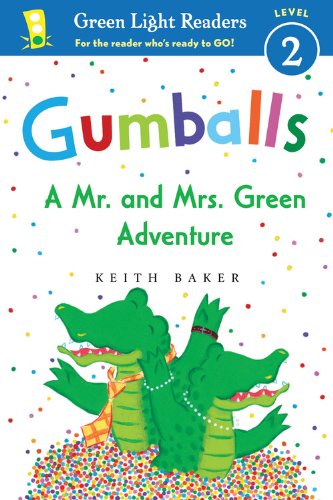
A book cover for Gumballs: A Mr. and Mrs. Green Adventure (Green Light Readers Level 2); Keith Baker; Children's Books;